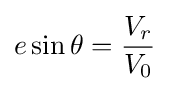
e\sin \theta ={\frac {V_{r}}{V_{0}}}